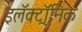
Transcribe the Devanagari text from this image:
इलॅक्ट्रॉनिक